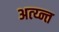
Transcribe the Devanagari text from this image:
अत्य्न्त